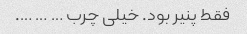
فقط پنیر بود. خیلی چرب … … ….